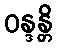
ဝန္ဒန္တိ